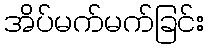
အိပ်မက်မက်ခြင်း